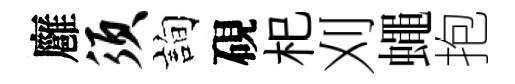
廱须詢硯𣏌刈蠅抱